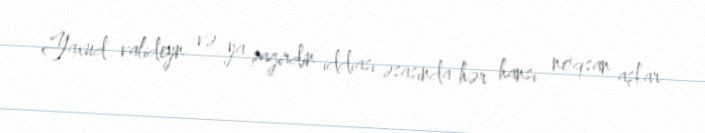
Yaxud valideyn və ya şagirdin iddiası əsasında hər hansı nöqsan aşkar